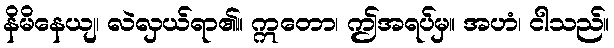
နိမိနေယျ၊ လဲလှယ်ရာ၏။ ဣတော၊ ဤအရပ်မှ။ အဟံ၊ ငါသည်။